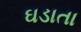
ઘડાતા